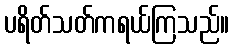
ပရိတ်သတ်ကရယ်ကြသည်။